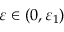
\ensuremath { \varepsilon } \in ( 0 , \ensuremath { \varepsilon } _ { 1 } )